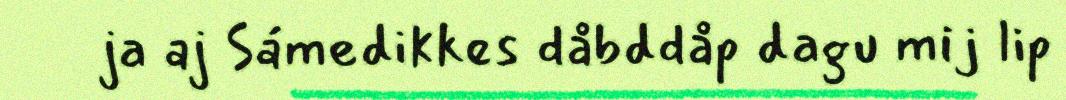
ja aj Sámedikkes dåbddåp dagu mij lip